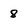
Character: 8